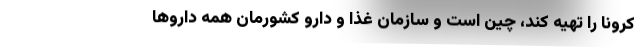
کرونا را تهیه کند، چین است و سازمان غذا و دارو کشورمان همه داروها